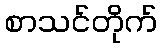
စာသင်တိုက်